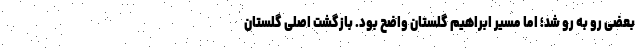
بعضی رو به رو شد؛ اما مسیر ابراهیم گلستان واضح بود. بازگشت اصلی گلستان